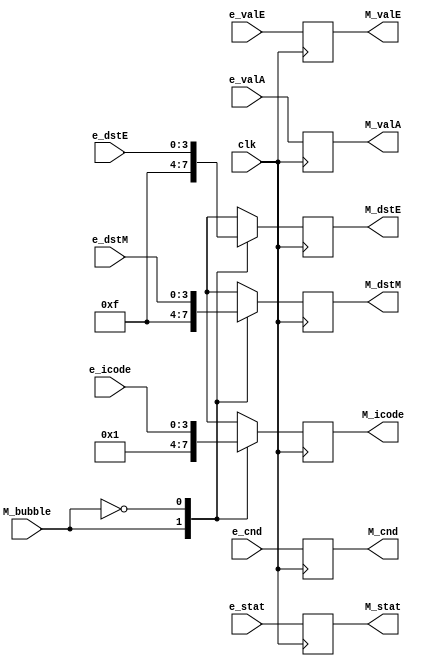
module M_Reg(clk, e_stat, M_stat, e_icode, M_icode, e_cnd, M_cnd, e_valE, M_valE, e_valA, M_valA, e_dstE, M_dstE, e_dstM, M_dstM,M_bubble);

    input clk,M_bubble,e_cnd;
    input [63:0] e_valE, e_valA;
    input [3:0] e_icode, e_dstE, e_dstM,e_stat;

    output reg [63:0] M_valE, M_valA;
    output reg M_cnd;
    output reg [3:0] M_stat, M_icode, M_dstE, M_dstM; 

    always@(posedge clk) begin
        M_stat <= e_stat;
        M_cnd <= e_cnd;
        M_valE <= e_valE;
        M_valA <= e_valA;
        case(M_bubble)
            1 : 
                begin
                    M_icode <= 4'b1;
                    M_dstE <= 4'hF;
                    M_dstM <= 4'hF;
                end
            0:
                begin
                    M_icode <= e_icode;
                    M_dstE <= e_dstE;
                    M_dstM <= e_dstM;
                end
        endcase     
    end
    
endmodule